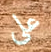
على